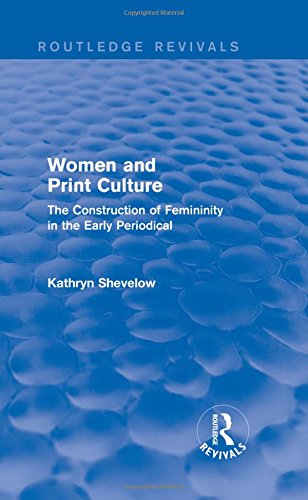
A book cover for Women and Print Culture (Routledge Revivals): The Construction of Femininity in the Early Periodical; Kathryn Shevelow; Literature & Fiction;